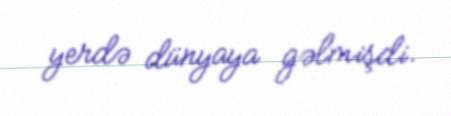
yerdə dünyaya gəlmişdi.